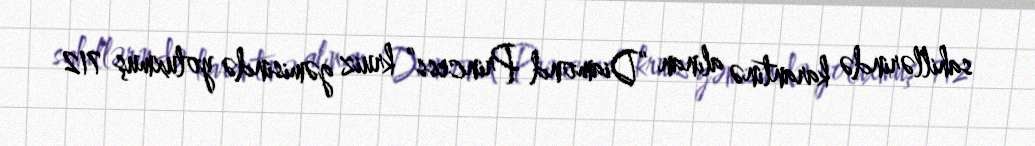
sahillərində karantinə alınan “Diamond Princess” kruiz gəmisində yoluxmuş 712